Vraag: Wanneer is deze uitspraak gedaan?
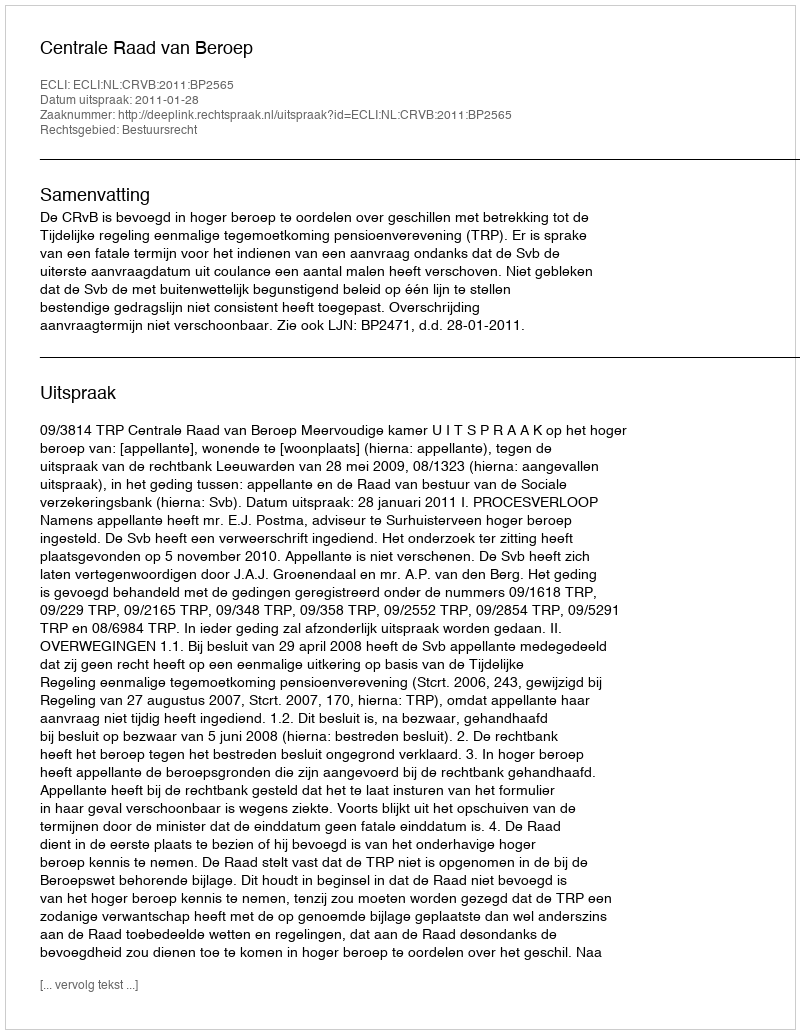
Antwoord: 2011-01-28